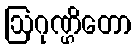
ဩဂုဏ္ဌိတော